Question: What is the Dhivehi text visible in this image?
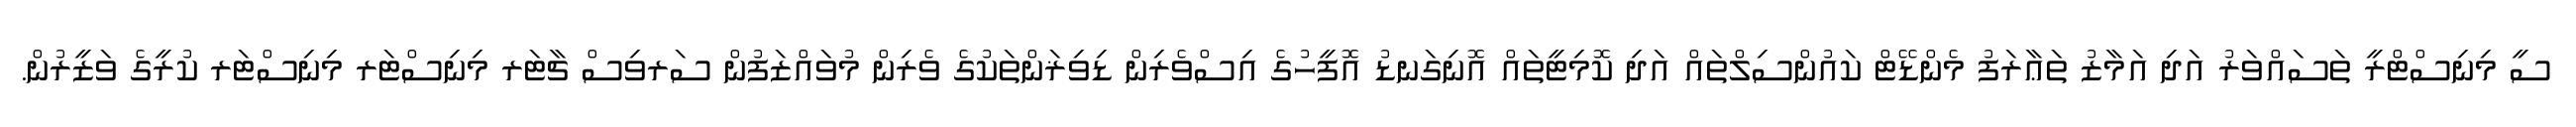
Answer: ސީ މިނިސްޓްރީ ތަސައްވަރު އަދި އަމާޒު ތަޢާރަފު މެންޑޭޓް ކައުންސިލްތައް އަދި ކޮމިޓީތައް އޮނިގަނޑު އޮފީހުގެ އިސްވެރިން ޑިވިޜަންތަކުގެ ވެރިން މުވައްޒަފުން ސަރވިސް ޗާޓަރ މިނިސްޓަރ މިނިސްޓަރ ކުރީގެ ވަޒީރުން.